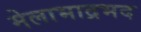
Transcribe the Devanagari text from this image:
मेलाभाद्रभद